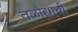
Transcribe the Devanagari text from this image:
तळोद्याची